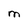
Character: M